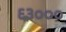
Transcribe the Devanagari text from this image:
६३०००